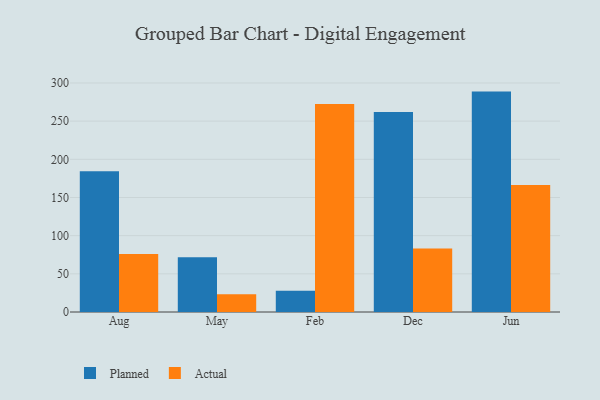
{"axis": {"x": "Month", "y": "Gross Profit (USD K)"}, "legend": ["Actual", "Planned"], "data": [{"x": "Aug", "y": 184.4, "type": "Planned"}, {"x": "Aug", "y": 75.9, "type": "Actual"}, {"x": "May", "y": 71.6, "type": "Planned"}, {"x": "May", "y": 23.4, "type": "Actual"}, {"x": "Feb", "y": 27.9, "type": "Planned"}, {"x": "Feb", "y": 272.3, "type": "Actual"}, {"x": "Dec", "y": 261.9, "type": "Planned"}, {"x": "Dec", "y": 83.1, "type": "Actual"}, {"x": "Jun", "y": 288.7, "type": "Planned"}, {"x": "Jun", "y": 166.5, "type": "Actual"}]}